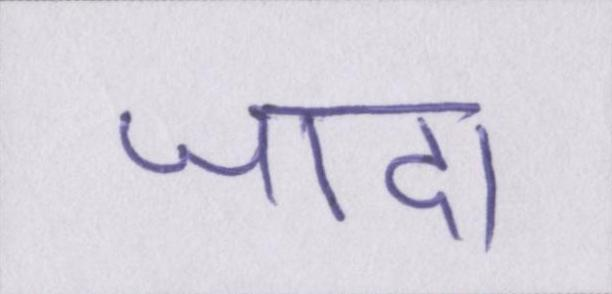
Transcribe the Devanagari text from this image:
जादा